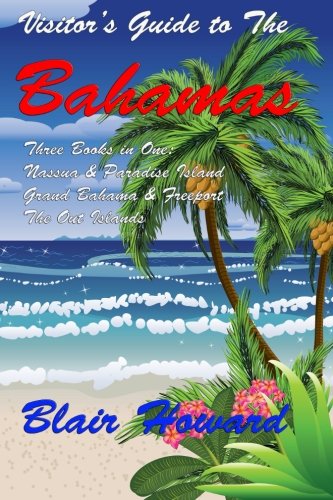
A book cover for Visitor's Guide to the Bahamas; Blair Howard; Travel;